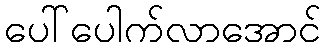
ပေါ်ပေါက်လာအောင်